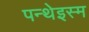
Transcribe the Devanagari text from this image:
पन्थेइस्म